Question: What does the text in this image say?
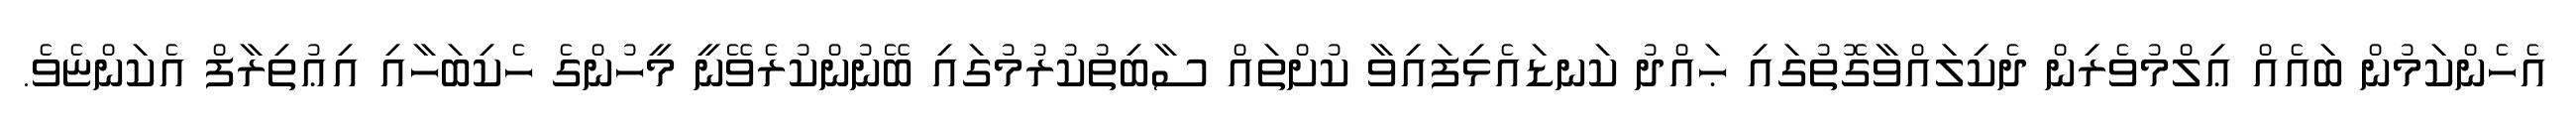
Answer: އެހެންކަމުން ބައެއް ޢިލްމުވެރިން ދެކިލައްވާގޮތުގައި ޙައްދު ކަނޑައެޅިފައިވާ ކުށްތައް ސާބިތުކުރުމުގައި ބޭނުންކުރެވޭނީ މީހުންގެ ހެކިބަހާއި އިޢުތިރާފް އެކަންޏެވެ.